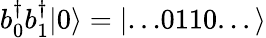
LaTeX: {b}_{0}^{\dagger}{b}_{1}^{\dagger}|0\rangle=|...0110...\rangle